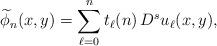
LaTeX: \begin{align*}\widetilde{\phi}_{n}(x,y)=\sum_{\ell=0}^n t_\ell(n)\,D^s u_\ell(x,y),\end{align*}